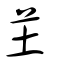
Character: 芏